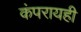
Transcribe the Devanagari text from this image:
कंपरायही